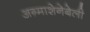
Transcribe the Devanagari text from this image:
अग़्माशेनेबेली